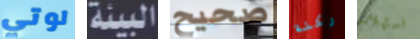
لوتي البيئة صحيح ركلة استهلاك